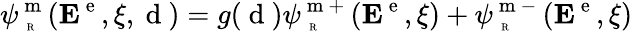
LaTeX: \psi_{\mathrm{~\tiny~R~}}^{\mathrm{~m~}}({\mathbf E}^{\mathrm{~e~}},\xi,\mathrm{~d~})=g(\mathrm{~d~})\psi_{\mathrm{~\tiny~R~}}^{\mathrm{~m~+~}}({\mathbf E}^{\mathrm{~e~}},\xi)+\psi_{\mathrm{~\tiny~R~}}^{\mathrm{~m~-~}}({\mathbf E}^{\mathrm{~e~}},\xi)